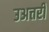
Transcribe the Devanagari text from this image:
उअत्तरी